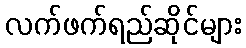
လက်ဖက်ရည်ဆိုင်များ